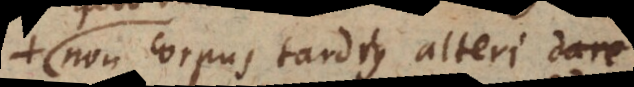
non corpus tardius alteri dare